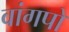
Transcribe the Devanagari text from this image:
वांगपो